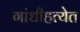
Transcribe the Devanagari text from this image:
गांधीहत्येत